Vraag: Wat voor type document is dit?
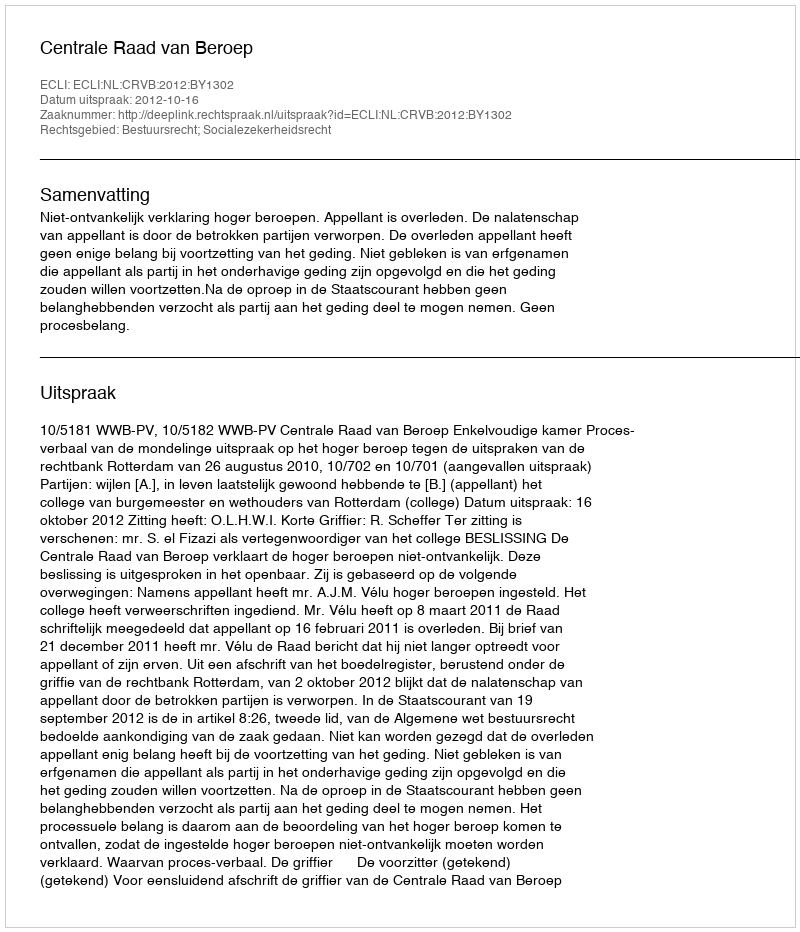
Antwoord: Uitspraak